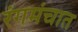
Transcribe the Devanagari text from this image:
रंगमंचात